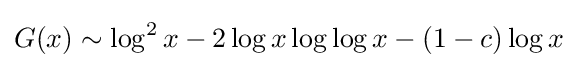
G(x)\sim \log ^{2}x-2\log x\log \log x-(1-c)\log x